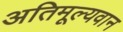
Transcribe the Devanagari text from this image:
अतिमूल्यवान